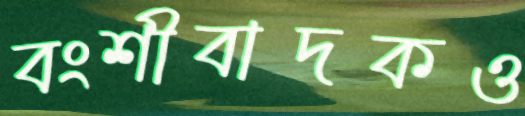
বংশীবাদকও